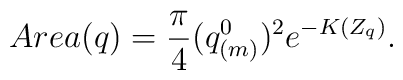
Area(q) ={\pi \over 4} (q^0_{(m)})^2e^{-K(Z_q)}.